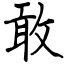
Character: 敢